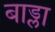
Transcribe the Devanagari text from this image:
बाड्ला